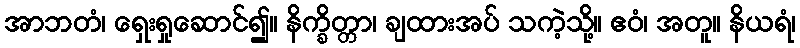
အာဘတံ၊ ရှေးရှုဆောင်၍။ နိက္ခိတ္တာ၊ ချထားအပ် သကဲ့သို့။ ဧဝံ၊ အတူ။ နိယရံ၊